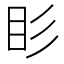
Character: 䀐